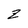
Character: Z